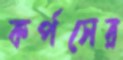
কর্পসের